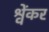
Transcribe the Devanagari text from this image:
श्वेंकर